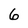
Character: 6